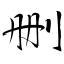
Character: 删